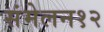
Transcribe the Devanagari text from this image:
संमेलन१२